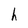
Character: h